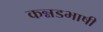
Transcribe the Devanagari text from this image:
कन्नडभाषी